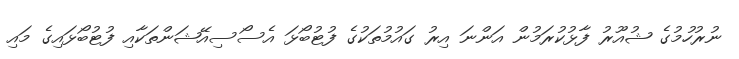
ނުރުހުމުގެ ޝުއޫރު ފާޅުކުރަމުން އަންނަ އިރު ގައުމުތަކުގެ ފުޓުބޯޅަ އެސޯސިއޭޝަންތަކާއި ފުޓުބޯޅައިގެ މައި